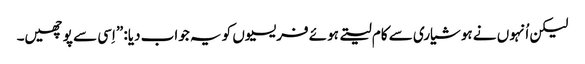
‏ لیکن اُنہوں نے ہوشیاری سے کام لیتے ہوئے فریسیوں کو یہ جواب دیا:‏ ”‏اِسی سے پوچھیں۔